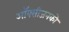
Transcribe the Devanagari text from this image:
ऑक्सीजनको